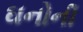
ઘનોની